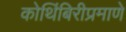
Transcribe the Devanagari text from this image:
कोथिंबिरीप्रमाणे